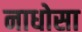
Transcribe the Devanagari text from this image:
नाधोसा